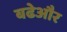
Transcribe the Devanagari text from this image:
बढेऔर